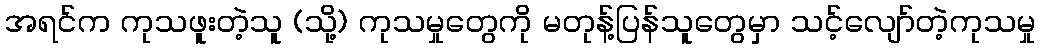
အရင်က ကုသဖူးတဲ့သူ (သို့) ကုသမှုတွေကို မတုန့်ပြန်သူတွေမှာ သင့်လျော်တဲ့ကုသမှု